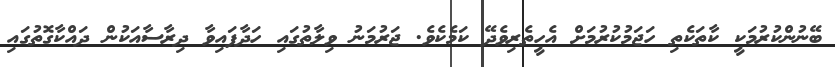
ބޭނުންކުރުމަކީ ކާތަކެތި ހަޖަމުކުރުމަށް އެހީތެރިވެދޭ ކަމެކެވެ. ޖަރުމަނު ވިލާތުގައި ހަދާފައިވާ ދިރާސާއަކުން ދައްކާގޮތުގައި